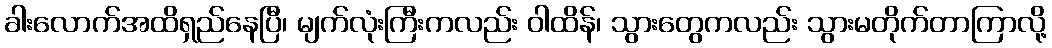
ခါးလောက်အထိရှည်နေပြီ၊ မျက်လုံးကြီးကလည်း ဝါထိန်၊ သွားတွေကလည်း သွားမတိုက်တာကြာလို့